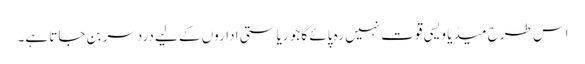
اس طرح میڈیا ویسی قوت نہیں رہ پائے گا جو ریاستی اداروں کے لیے دردسر بن جاتا ہے۔